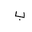
Letter: _ba